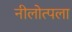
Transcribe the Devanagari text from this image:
नीलोत्पला